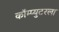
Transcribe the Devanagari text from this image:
कॉम्प्युटरला